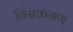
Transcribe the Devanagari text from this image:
विंसक्रमण